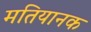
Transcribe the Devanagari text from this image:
मतियानक